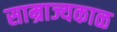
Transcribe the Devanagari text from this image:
साम्राज्यकाळ